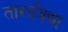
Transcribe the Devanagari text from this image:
ताराविद्या